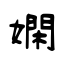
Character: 嫻